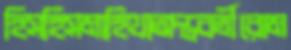
হিসহিসমাহিথাঅন্তবর্তীরোম